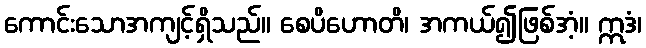
ကောင်းသောအကျင့်ရှိသည်။ စေပိဟောတိ၊ အကယ်၍ဖြစ်အံ့။ ဣဒံ၊